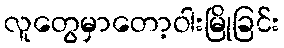
လူတွေမှာတော့ဝါးမြိုခြင်း